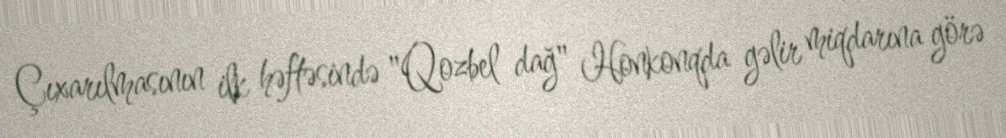
Çıxarılmasının ilk həftəsində "Qozbel dağ" Honkonqda gəlir miqdarına görə